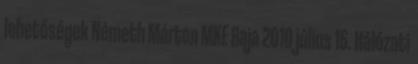
lehetőségek Németh Márton MKE Baja 2010 július 16. Hálózati